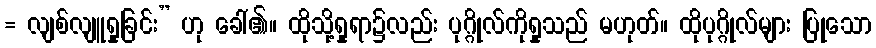
= လျစ်လျူရှုခြင်း” ဟု ခေါ်၏။ ထိုသို့ရှုရာ၌လည်း ပုဂ္ဂိုလ်ကိုရှုသည် မဟုတ်။ ထိုပုဂ္ဂိုလ်များ ပြုသော